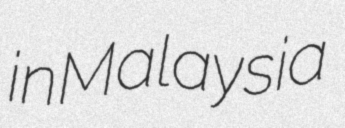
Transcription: in Malaysia